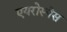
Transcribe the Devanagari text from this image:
एयरोस्प॓स